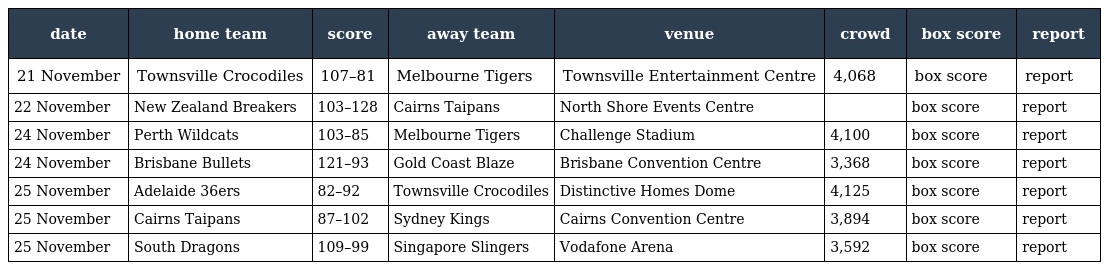
| date | home team | score | away team | venue | crowd | box score | report |
 | --- | --- | --- | --- | --- | --- | --- | --- |
 | 21 November | Townsville Crocodiles | 107–81 | Melbourne Tigers | Townsville Entertainment Centre | 4,068 | box score | report |
 | 22 November | New Zealand Breakers | 103–128 | Cairns Taipans | North Shore Events Centre |  | box score | report |
 | 24 November | Perth Wildcats | 103–85 | Melbourne Tigers | Challenge Stadium | 4,100 | box score | report |
 | 24 November | Brisbane Bullets | 121–93 | Gold Coast Blaze | Brisbane Convention Centre | 3,368 | box score | report |
 | 25 November | Adelaide 36ers | 82–92 | Townsville Crocodiles | Distinctive Homes Dome | 4,125 | box score | report |
 | 25 November | Cairns Taipans | 87–102 | Sydney Kings | Cairns Convention Centre | 3,894 | box score | report |
 | 25 November | South Dragons | 109–99 | Singapore Slingers | Vodafone Arena | 3,592 | box score | report |